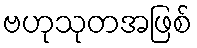
ဗဟုသုတအဖြစ်